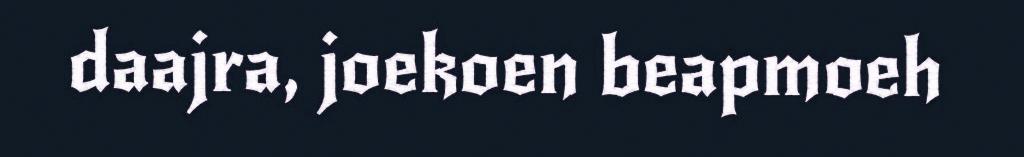
daajra, joekoen beapmoeh